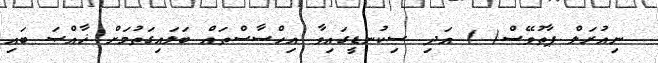
ނިއުރަލް ޕާތުވޭސް( ) އަދި ސިކުނޑީގައިވާ އިހްސާސްތައް ބަލައިގަތުމަށް ޚާއްޞަ ބައި